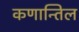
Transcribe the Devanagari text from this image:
कणान्तिल